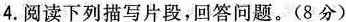
(1)他偷偷地藏在角落里，一点儿也不敢往外面看，好似那热闹的大街是一